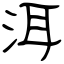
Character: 洱